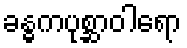
ခန္ဓကပုစ္ဆာဝါရော